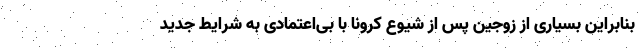
بنابراین بسیاری از زوجین پس از شیوع کرونا با بی‌اعتمادی به شرایط جدید